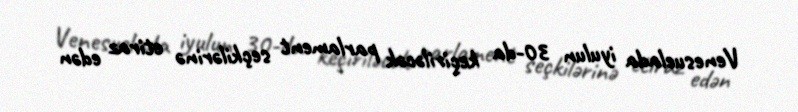
Venesuelada iyulun 30-da keçiriləcək parlament seçkilərinə etiraz edən